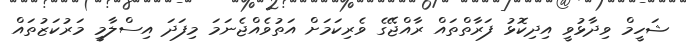
ޝަހީމް ވިދާޅުވީ އިދިކޮޅު ފަރާތްތައް ރާއްޖޭގެ ވެރިކަމަށް އަތުވެއްޖެނަމަ މިފަދަ އިސްލާމީ މަރުކަޒުތައް